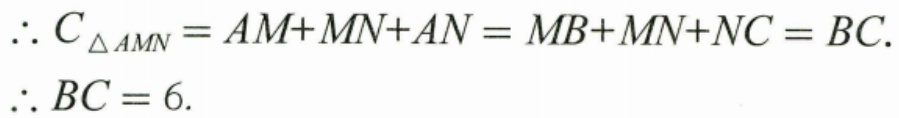
\(\therefore C_{\triangle AMN}=AM + MN + AN=MB + MN + NC=BC.\)
\(\therefore BC = 6.\)